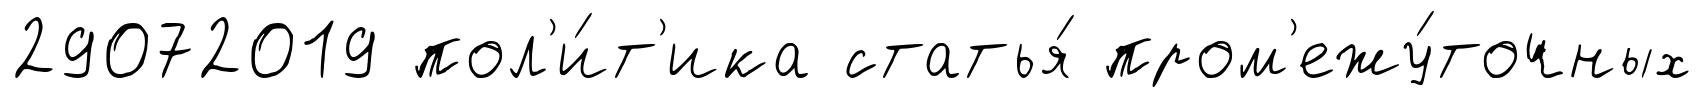
29072019 пол'и́т'ика статья́ пром'ежу́точных